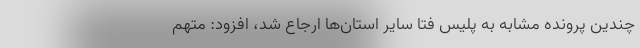
چندین پرونده مشابه به پلیس فتا سایر استان‌ها ارجاع شد، افزود: متهم